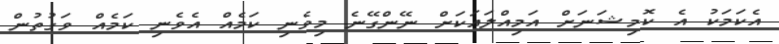
އެކަމަކު އެ ކޮމިޝަނަށް އަމިއްލައަކަށް ނޭންގޭނެ މިވެނި ކަމެއް އެވެނި ކަމެއް ވަގުތުން